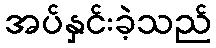
အပ်နှင်းခဲ့သည်